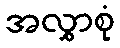
အလွှာစုံ